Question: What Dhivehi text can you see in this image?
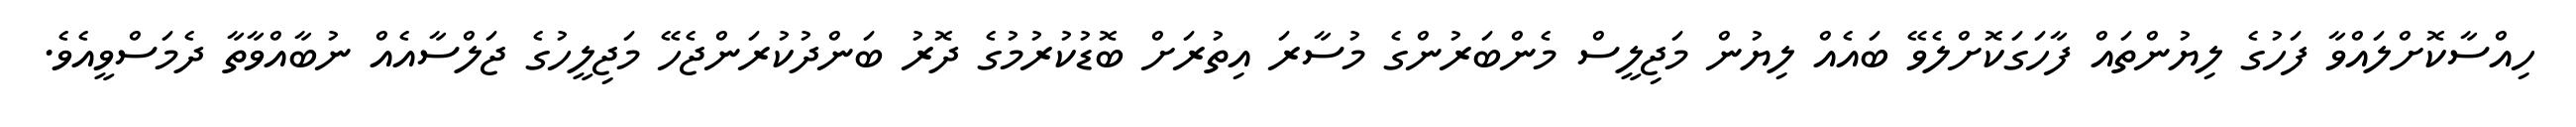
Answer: ހިއްސާކޮށްލައްވާ ފަހުގެ ލިޔުންތައް ފާހަގަކޮށްލެވޭ ބައެއް ލިޔުން މަޖިލީސް މެންބަރުންގެ މުސާރަ އިތުރަށް ބޮޑުކުރުމުގެ ދޮރު ބަންދުކުރަންޖެހޭ މަޖިލީހުގެ ޖަލްސާއެއް ނުބާއްވާތާ ދެމަސްވީއެވެ.